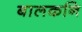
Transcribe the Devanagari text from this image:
बालकनि